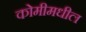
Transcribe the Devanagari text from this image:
कोमीमधील